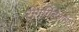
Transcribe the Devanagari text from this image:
रीगर्गिटेशन